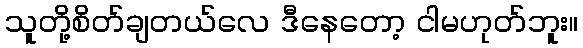
သူတို့စိတ်ချတယ်လေ ဒီနေတော့ ငါမဟုတ်ဘူး။